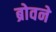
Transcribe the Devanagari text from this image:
ब्रोवने